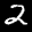
Label: 2